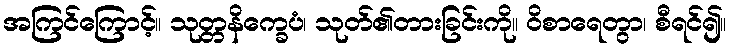
အကြင်ကြောင့်။ သုတ္တနိက္ခေပံ၊ သုတ်၏တားခြင်းကို။ ဝိစာရေတွာ၊ စီရင်၍။